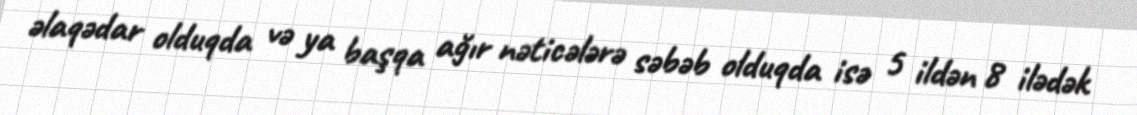
əlaqədar olduqda və ya başqa ağır nəticələrə səbəb olduqda isə 5 ildən 8 ilədək